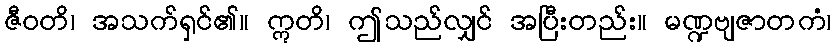
ဇီဝတိ၊ အသက်ရှင်၏။ ဣတိ၊ ဤသည်လျှင် အပြီးတည်း။ မဏ္ဍဗျဇာတကံ၊